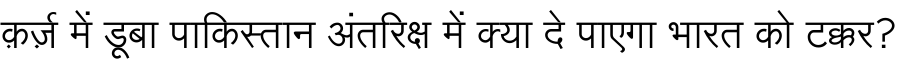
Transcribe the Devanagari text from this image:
क़र्ज़ में डूबा पाकिस्तान अंतरिक्ष में क्या दे पाएगा भारत को टक्कर?